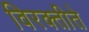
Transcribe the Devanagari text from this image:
विरक्तीते